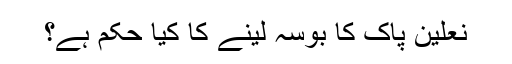
نعلینِ پاک کا بوسہ لینے کا کیا حکم ہے؟